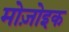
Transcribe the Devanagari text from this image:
मोज़ोइक